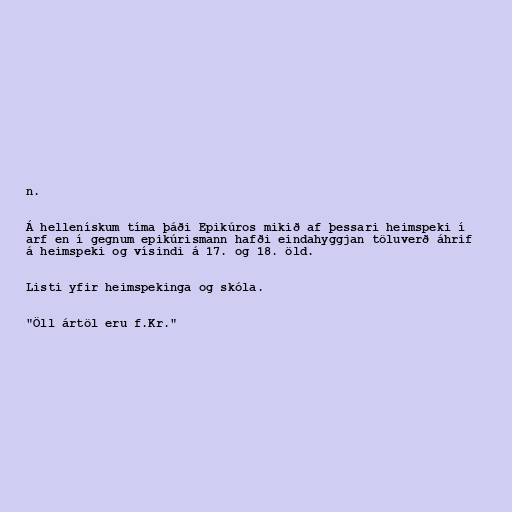
n.

Á hellenískum tíma þáði Epikúros mikið af þessari heimspeki í
arf en í gegnum epikúrismann hafði eindahyggjan töluverð áhrif
á heimspeki og vísindi á 17. og 18. öld.

Listi yfir heimspekinga og skóla.

"Öll ártöl eru f.Kr."